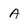
Character: A